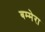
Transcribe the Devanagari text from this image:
बम्मेरा